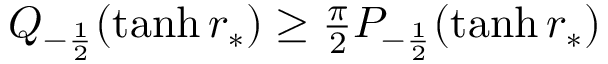
\begin{array} { r } { Q _ { - \frac { 1 } { 2 } } ( \operatorname { t a n h } r _ { * } ) \ge \frac { \pi } { 2 } P _ { - \frac { 1 } { 2 } } ( \operatorname { t a n h } r _ { * } ) } \end{array}